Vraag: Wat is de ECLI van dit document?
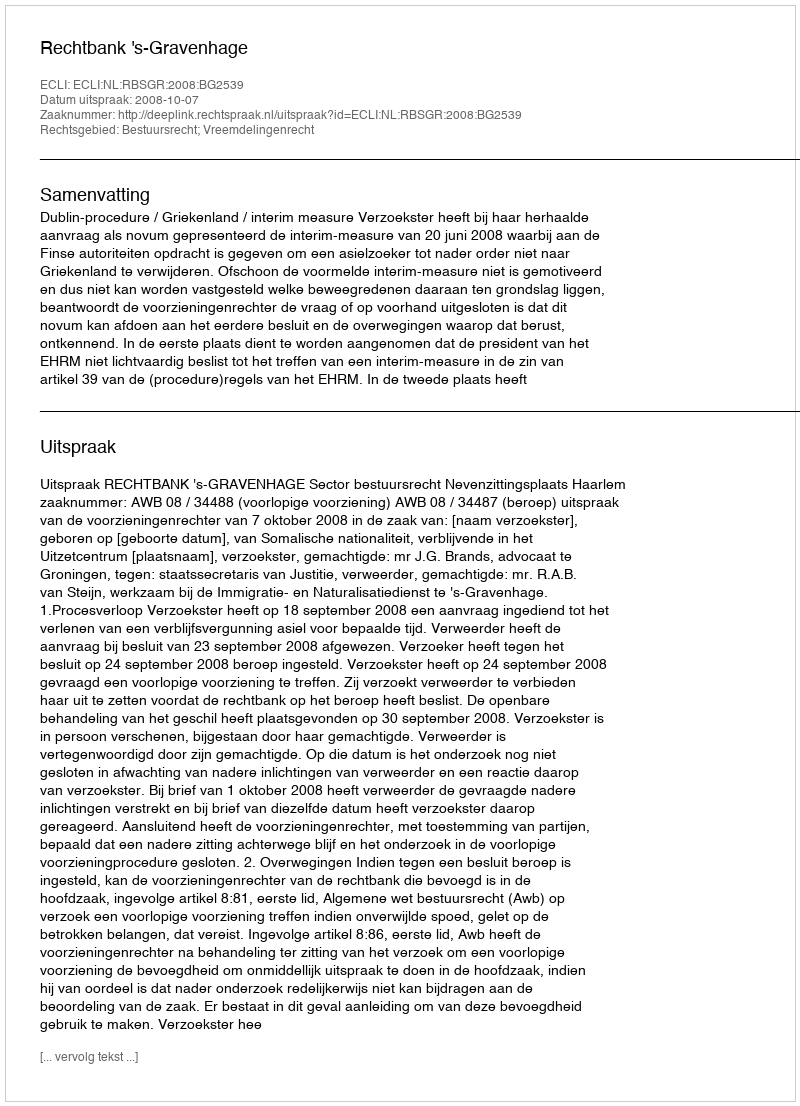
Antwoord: ECLI:NL:RBSGR:2008:BG2539